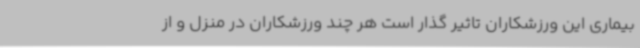
بیماری این ورزشکاران تاثیر گذار است هر چند ورزشکاران در منزل و از